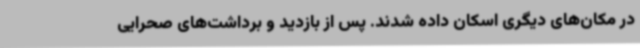
در مکان‌های دیگری اسکان داده شدند. پس از بازدید و برداشت‌های صحرایی